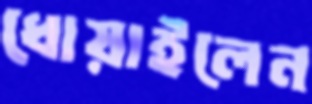
ধোয়াইলেন